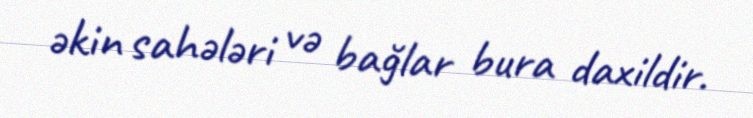
əkin sahələri və bağlar bura daxildir.